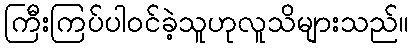
ကြီးကြပ်ပါဝင်ခဲ့သူဟုလူသိများသည်။